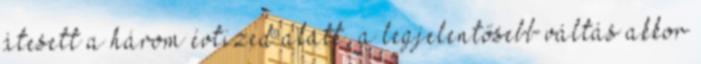
átesett a három évtized alatt, a legjelentősebb váltás akkor